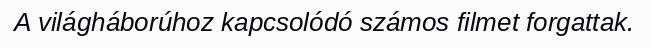
A világháborúhoz kapcsolódó számos filmet forgattak.